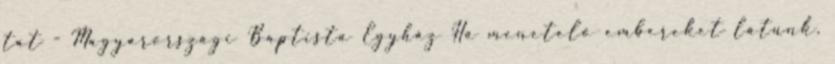
tat - Magyarországi Baptista Egyház Ha menetelő embereket látunk,